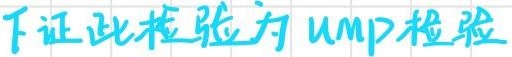
下证此检验为UMP检验